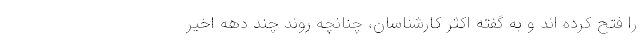
را فتح کرده اند و به گفته اکثر کارشناسان، چنانچه روند چند دهه اخیر